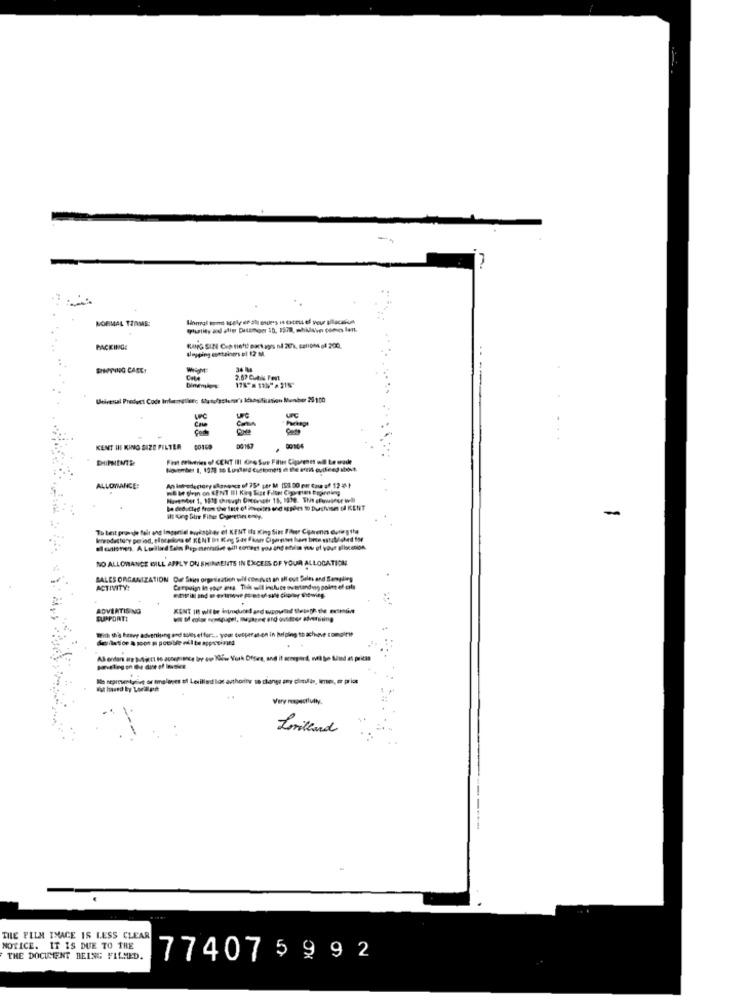
NORMAL TERMS:
Honrgl tome spely of all enders ie cxceus el your allacatiun
PACKING:
Hoyping containers of 12 M.
SHOPPING CASE!
WHSOM
34 86
Urirenal Product Code Inferrotierc (latofestenur's Icanslisation Number 25 100
UFC
KENT HII KING SIZE FILTER
00167
00104
First Felseries of CENT III Uns Sur Fitin Cipurenet will Le erade
November 1, 1228 so Longlad Customers n the amit ouikend stivt.
ALLOWANCE:
be deducted from the fate of inesses and apples to Purchase DI KENT
-
ill King Gue Fiher Ciperetors oniy.
To beit pronie fair and Impartial awèspher of KENT Ita King Sin Filer Carenes during the
NO ALLOWANCE BILL APPLY ON SHINMENTS IN EXCESS OF YOUR ALLOCATION
SALES ORGANIZATION Du Skin orpassatich wil conduct an of out Sales and Sampling
ACTIVITY:
ADVERTISING
SUPPORT!
With t'a heavy adveniung and sults ef for :... your cooperation in helping to achieve comgit !!
De nepresentgrieg se tmaloves of Lesillad los authority to change any platulin, Imes, er priat
Lorillard
THE FILM THACE IS LESS CLEAR
NOTICE. IT IS DUE TO THE
THE DOCUMENT BEING FILMED.
774075992